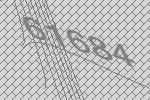
61684